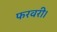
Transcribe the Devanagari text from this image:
फरवरी।